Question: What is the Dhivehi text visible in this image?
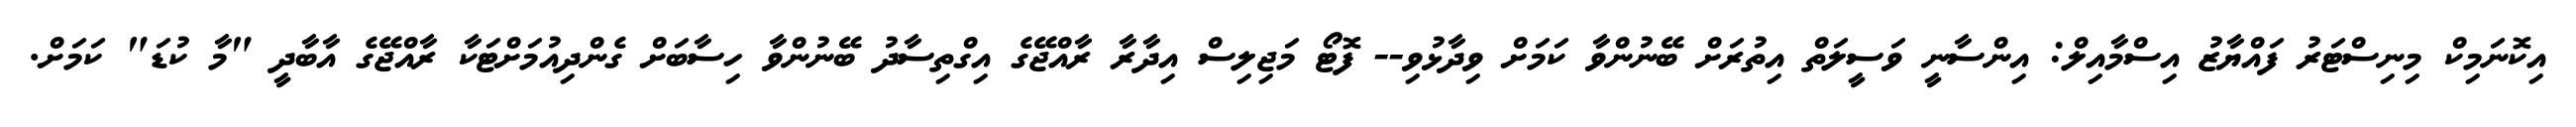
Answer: އިކޮނަމިކް މިނިސްޓަރު ފައްޔާޒު އިސްމާއިލް: އިންސާނީ ވަސީލަތް އިތުރަށް ބޭނުންވާ ކަމަށް ވިދާޅުވި-- ފޮޓޯ މަޖިލިސް އިދާރާ ރާއްޖޭގެ އިގްތިސާދު ބޭނުންވާ ހިސާބަށް ގެންދިއުމަށްޓަކާ ރާއްޖޭގެ އާބާދީ "މާ ކުޑަ" ކަމަށް.